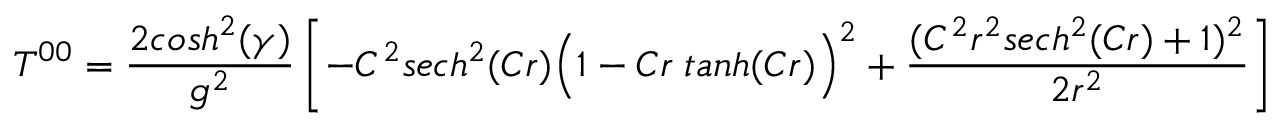
T ^ { 0 0 } = { \frac { 2 c o s h ^ { 2 } ( \gamma ) } { g ^ { 2 } } } \left[ - C ^ { 2 } s e c h ^ { 2 } ( C r ) \Big ( 1 - C r \; t a n h ( C r ) \Big ) ^ { 2 } + { \frac { ( C ^ { 2 } r ^ { 2 } s e c h ^ { 2 } ( C r ) + 1 ) ^ { 2 } } { 2 r ^ { 2 } } } \right]